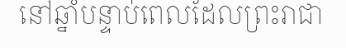
នៅឆ្នាំបន្ទាប់ពេលដែលព្រះរាជា